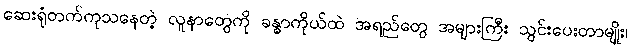
ဆေးရုံတက်ကုသနေတဲ့ လူနာတွေကို ခန္ဓာကိုယ်ထဲ အရည်တွေ အများကြီး သွင်းပေးတာမျိုး၊